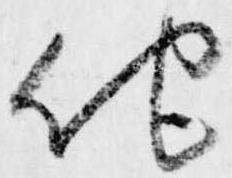
他